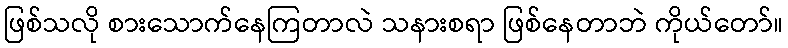
ဖြစ်သလို စားသောက်နေကြတာလဲ သနားစရာ ဖြစ်နေတာဘဲ ကိုယ်တော်။